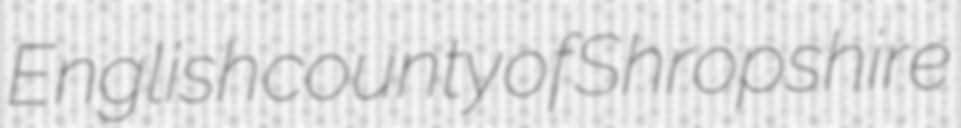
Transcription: English county of Shropshire